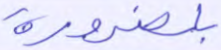
بلضرورة